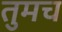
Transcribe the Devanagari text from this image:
तुमच